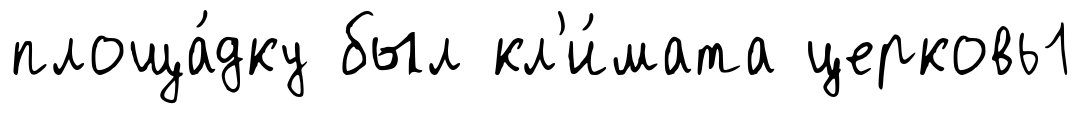
площа́дку был кл'и́мата церковь1